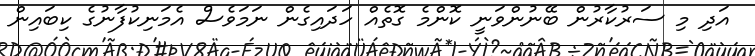
އަދި މި ސަރުކާރުން ބޭނުންވަނީ ކޮންމެ ގޮތެއް ހަދައިގެން ނަމަވެސް އެމަނިކުފާނުގެ ކިބައިން